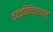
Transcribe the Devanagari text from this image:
व्यक्तिचित्रांवर